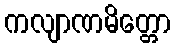
ကလျာဏမိတ္တော